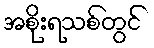
အစိုးရသစ်တွင်